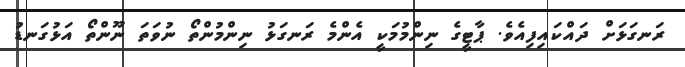
ރަނގަޅަށް ދައްކައިފިއެވެ. ޕާޓީގެ ނިންމުމަކީ އެންމެ ރަނގަޅު ނިންމުންތޯ ނުވަތަ ނޫންތޯ އަޅުގަނޑު